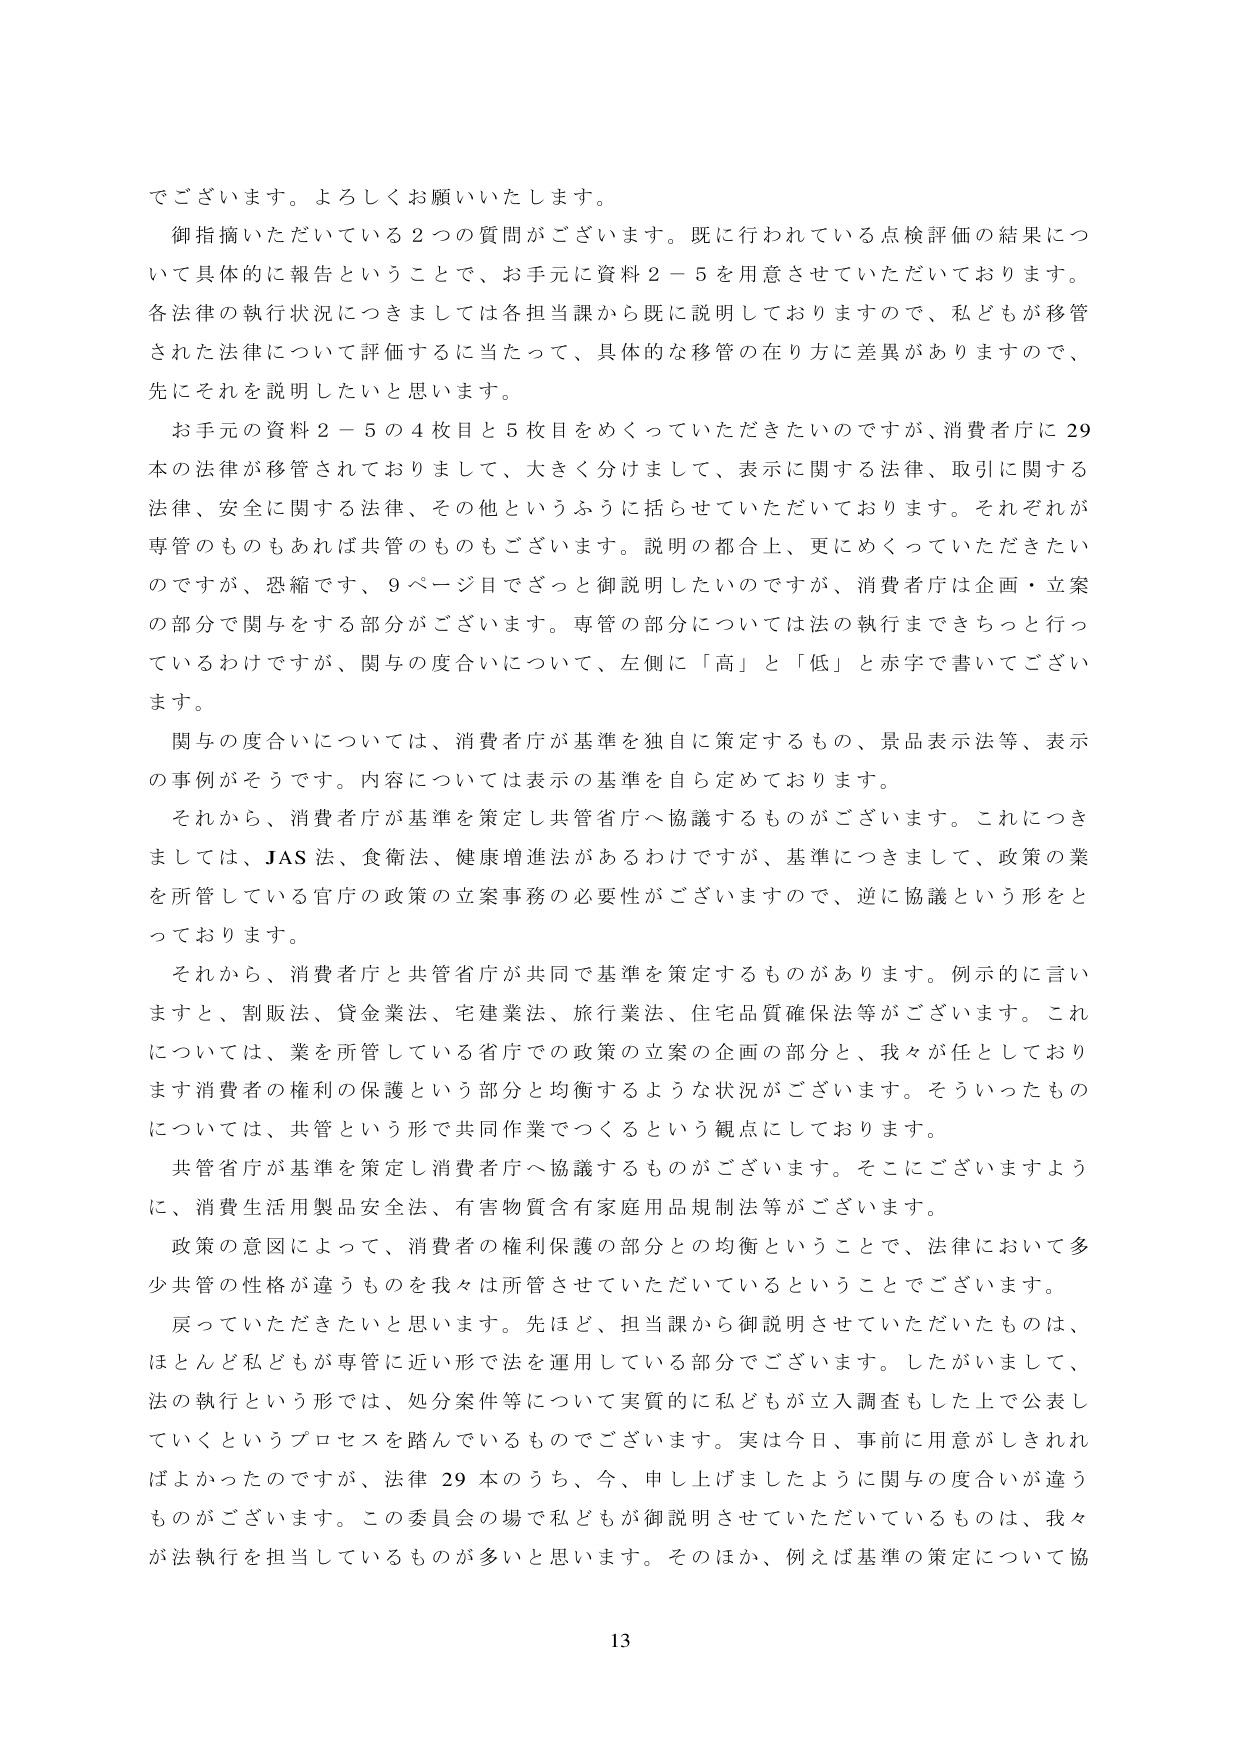
でございます。よろしくお願いいたします。

御指摘いただいている２つの質問がございます。既に行われている点検評価の結果について具体的に報告ということで、お手元に資料２－５を用意させていただいております。各法律の執行状況につきましては各担当課から既に説明しておりますので、私どもが移管された法律について評価するに当たって、具体的な移管の在り方に差異がありますので、先にそれを説明したいと思います。

お手元の資料２－５の４枚目と５枚目をめくっていただきたいのですが、消費者庁に29本の法律が移管されておりまして、大きく分けまして、表示に関する法律、取引に関する法律、安全に関する法律、その他というふうに括らせていただいております。それぞれが専管のものもあれば共管のものもございます。説明の都合上、更にめくっていただきたいのですが、恐縮です、９ページ目でざっと御説明したいのですが、消費者庁は企画・立案の部分で関与をする部分がございます。専管の部分については法の執行まできちっと行っているわけですが、関与の度合いについて、左側に「高」と「低」と赤字で書いてございます。

関与の度合いについては、消費者庁が基準を独自に策定するもの、景品表示法等、表示の事例がそうです。内容については表示の基準を自ら定めております。

それから、消費者庁が基準を策定し共管省庁へ協議するものがあります。これにつきましては、JAS法、食衛法、健康増進法があるわけですが、基準につきまして、政策の業を所管している官庁の政策の立案事務の必要性がございますので、逆に協議という形をとっております。

それから、消費者庁と共管省庁が共同で基準を策定するものがあります。例示的に言いますと、割販法、貸金業法、宅建業法、旅行業法、住宅品質確保法等がございます。これについては、業を所管している省庁での政策の立案の企画の部分と、我々が任としております消費者の権利の保護という部分と均衡するような状況がございます。そういったものについては、共管という形で共同作業でつくるという観点にしております。

共管省庁が基準を策定し消費者庁へ協議するものがあります。そこにございますように、消費生活用製品安全法、有害物質含有家庭用品規制法等がございます。

政策の意図によって、消費者の権利保護の部分との均衡ということで、法律において多少共管の性格が違うものを我々は所管させていただいているということでございます。

戻っていただきたいと思います。先ほど、担当課から御説明させていただいたものは、ほとんど私どもが専管に近い形で法を運用している部分でございます。したがいまして、法の執行という形では、処分案件等について実質的に私どもが立入調査もした上で公表していくというプロセスを踏んでいるものでございます。実は今日、事前に用意がしきれればよかったのですが、法律29本のうち、今、申し上げましたように関与の度合いが違うものがあります。この委員会の場で私どもが御説明させていただいているものは、我々が法執行を担当しているものが多いと思います。そのほか、例えば基準の策定について協

13